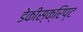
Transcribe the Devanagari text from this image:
डेकीस्क्रिप्ट